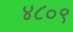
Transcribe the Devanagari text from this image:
४८०९